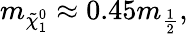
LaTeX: m_{\tilde{\chi}_{1}^{0}}\approx 0.45m_{\frac{1}{2}},